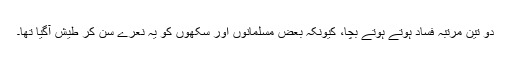
دو تین مرتبہ فساد ہوتے ہوتے بچا، کیونکہ بعض مسلمانوں اور سِکھوں کو یہ نعرے سُن کر طیش آگیا تھا۔